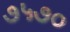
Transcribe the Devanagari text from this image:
७५७०